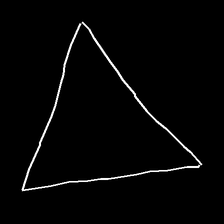
Glyph: convergence